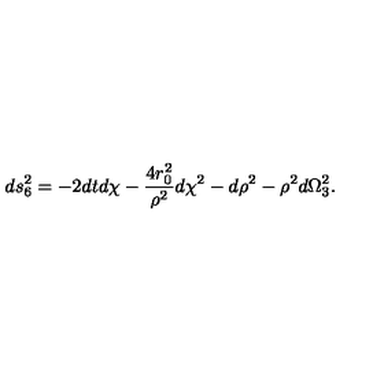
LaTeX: d s _ { 6 } ^ { 2 } = - 2 d t d \chi - \frac { 4 r _ { 0 } ^ { 2 } } { \rho ^ { 2 } } d \chi ^ { 2 } - d \rho ^ { 2 } - \rho ^ { 2 } d \Omega _ { 3 } ^ { 2 } .